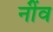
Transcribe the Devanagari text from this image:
नींंव